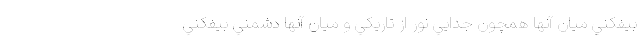
بيفكني ميان آنها همچون جدايي نور از تاريكي و ميان آنها دشمني بيفكني